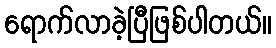
ရောက်လာခဲ့ပြီဖြစ်ပါတယ်။